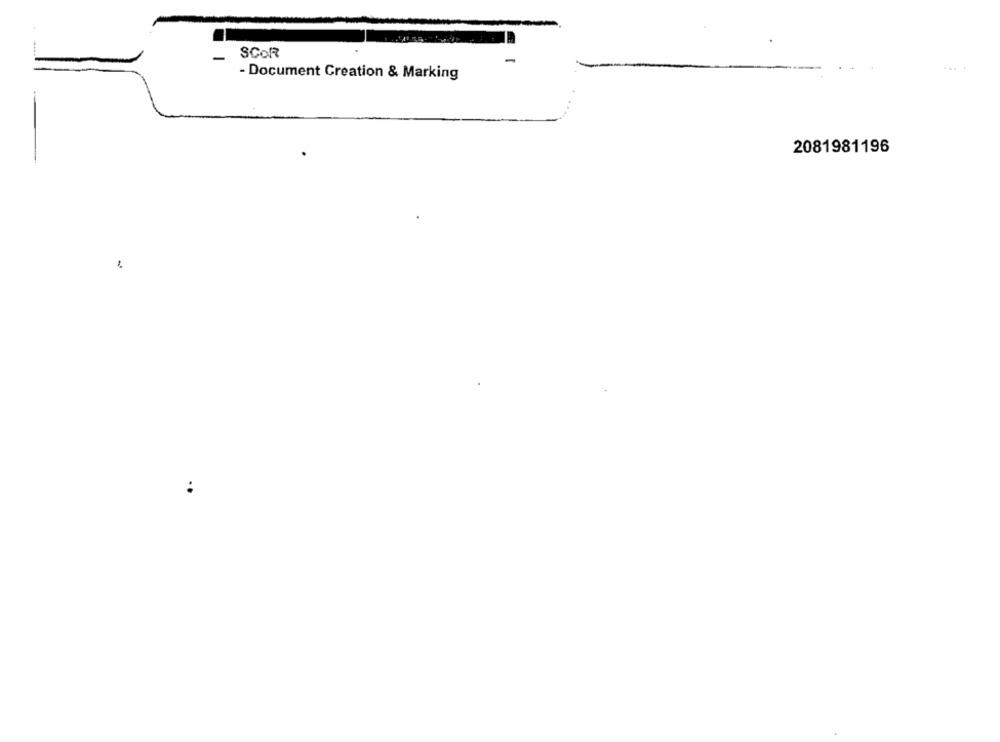
-
SCOR
- Document Creation & Marking
2081981196
-